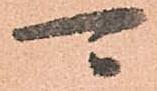
可